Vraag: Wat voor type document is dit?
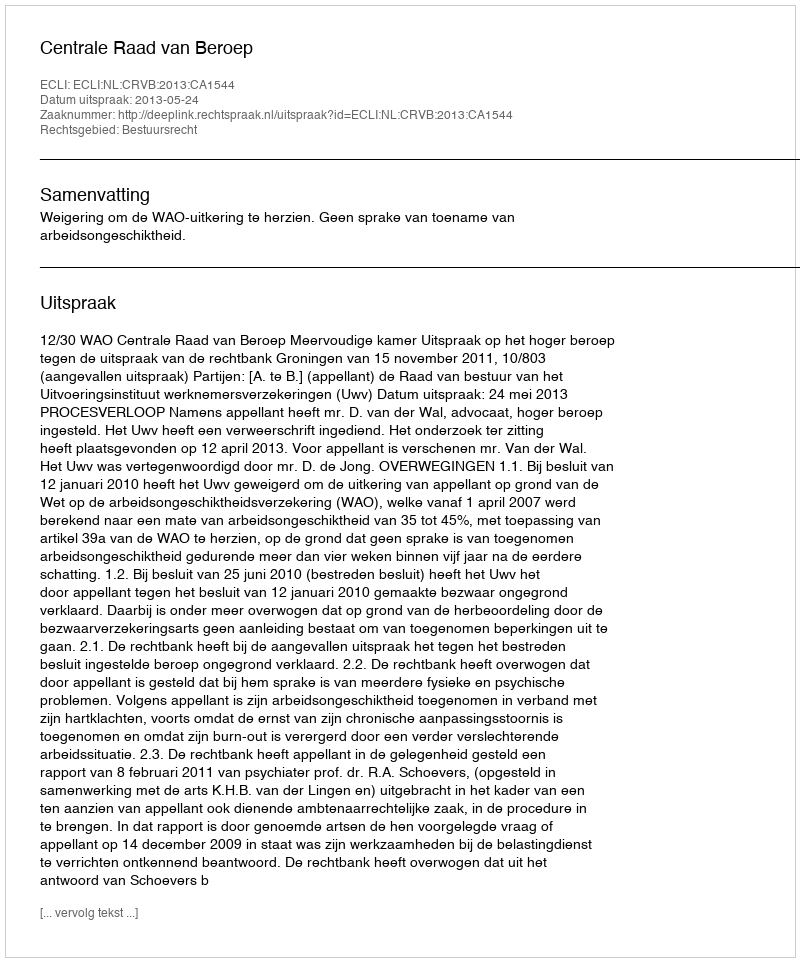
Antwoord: Uitspraak